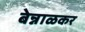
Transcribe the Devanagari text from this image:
बेन्नाळकर